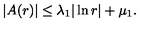
| A ( r ) | \le \lambda _ { 1 } | \ln r | + \mu _ { 1 } .